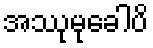
အဿုမုခေါပိ